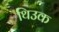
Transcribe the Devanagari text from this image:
थिउक